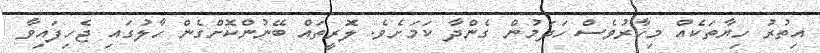
އިތުރު ހިޔާތަކެއް މިހާރުވެސް ހަދަމުން ގެންދާ ކަމަށެވެ. ލޮރީތައް ބޭނުންކޮށްގެން ހާލުގައި ޖެހިފައިވާ